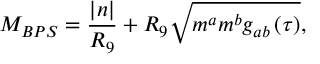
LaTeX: M _ { B P S } = \frac { \left| n \right| } { R _ { 9 } } + R _ { 9 } \sqrt { m ^ { a } m ^ { b } g _ { a b } \left( \tau \right) } ,